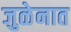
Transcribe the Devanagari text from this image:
जुळेनात